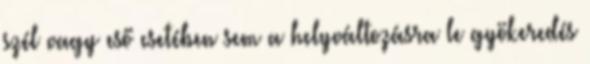
szél vagy eső esetében sem a helyváltozásra le gyökeredés